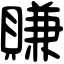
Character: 賺